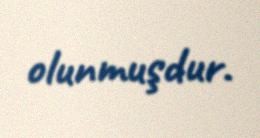
olunmuşdur.